system: You are a helpful assistant.
user:
Analyze the provided spectrum to determine if it is a **S-type Star**.

- **Key Indicators for S-type Star:**

    - **(Overall Spectrum Shape):** The first and most obvious characteristic is the overall continuum (the "baseline" shape). It is **extremely "red-sloping,"** meaning the flux (light intensity) is very low on the left side (blue, ~4000-4500 Å) and rises steeply and continuously toward the right side (red, ~7000 Å+).

    - **(Primary):** The spectrum is defined by the presence of strong, broad molecular absorption "valleys" (bands) from **Zirconium Oxide (ZrO)**. The identification of these bands is the **primary requirement** for classifying a star as S-type.
        - **(Key Bandheads):** You must find distinct, deep "dips" where the light has been absorbed. The most critical band systems to locate are:
            - **~6474 Å** ($\gamma$-system): This is often the strongest and clearest ZrO feature, found in the red part of the spectrum.
            - **~5718 Å** & **~5551 Å** ($\beta$-system): A pair of prominent absorption features in the yellow-orange part of the spectrum.
            - **~4640 Å** ($\alpha$-system): A key absorption band system in the blue-green region of the spectrum.

    - **(Secondary Confirmation):** The classification is strengthened by finding additional absorption bands from other related heavy element oxides, which are expected to be present alongside ZrO.
        - **(Key Bandheads):**
            - **Yttrium Oxide (YO):** Look for absorption dips near **~4800 Å** and **~6100 Å**.
            - **Lanthanum Oxide (LaO):** Additional absorption features, particularly in the red-orange part of the spectrum, are also characteristic.

    - **(Line Profile):** The combination of the steep red continuum and these numerous, deep molecular bands (ZrO, YO, etc.) gives the entire spectrum a very **"chopped-up"** or **"bumpy"** appearance. Instead of a smooth curve, the spectrum looks as though large, wide chunks of light have been "carved out" of it at the specific wavelengths listed above.

Think first, call **spectral_visualization_tool** if needed to examine features in detail, then provide your final answer. Your response must adhere to the following strict rules:
1.  **Overall Structure:** Your response must follow the format `<think>...</think> <tool_call>...</tool_call> (if a tool is used) <answer>...</answer>`.
2.  **Tool Usage Constraint:** You may only make **one** tool call per turn.
3.  **Final Answer Format:** In the `<answer>` tag, your conclusion must be inside a `\boxed{}` command (e.g., `\boxed{YES}` or `\boxed{NO}`), followed by your justification.

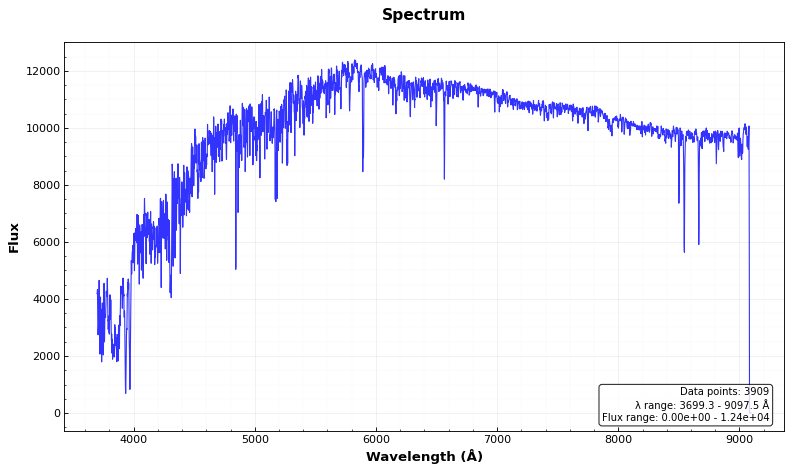
Answer: NO